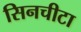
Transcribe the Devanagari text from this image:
सिनचीटा